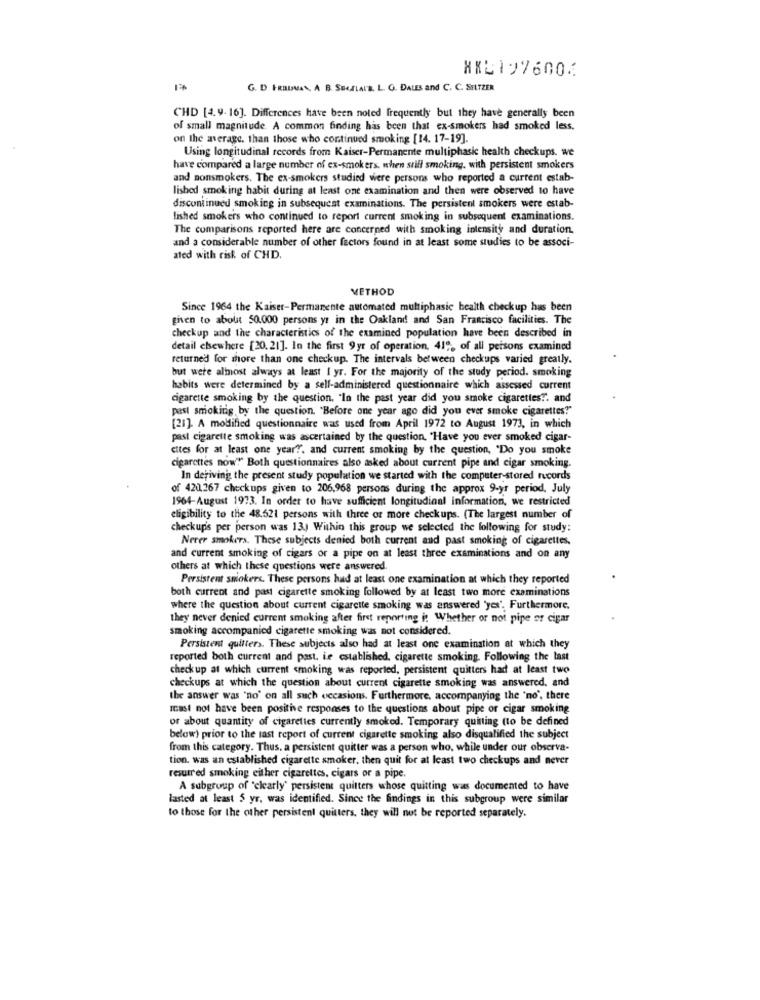
XXL197600⑆
G. D FRAUVAN, A B. SEGALAL'S. L. G. DALES and C. C. SELTZER
CHD [4.9-16]. Differences have been noted frequently but they have generally been
of small magnitude. A common finding has been that ex-smokers had smoked less.
on the average. than those who continued smoking [14. 17-19].
Using longitudinal records from Kaiser-Permanente multiphasic health checkups. we
have compared a large number of ex-smokers. when still smoking, with persistent smokers
and nonsmokers. The ex-smokers studied were persons who reported a current estab-
lished smoking habit during at least one examination and then were observed to have
discontinued smoking in subsequent examinations. The persistent smokers were estab-
lished smokers who continued to report current smoking in subsequent examinations.
The comparisons reported here are concerned with smoking intensity and duration.
and a considerable number of other factors found in at least some studies to be associ-
ated with risk of CHD.
METHOD
Since 1964 the Kaiser-Permanente automated multiphasic bealth checkup has been
given to about 50.000 persons yt in the Oakland and San Francisco facilities. The
checkup and the characteristics of the examined population have been described in
detail elsewhere [20.21]. In the first 9yr of operation. 41", of all persons examined
returned for more than one checkup. The intervals between checkups varied greatly.
but were almost always at least I yr. For the majority of the study period. smoking
habits were determined by a self-administered questionnaire which assessed current
cigarette smoking by the question. "In the past year did you smoke cigarettes?". and
past smoking by the question. "Before one year ago did you ever smoke cigarettes?"
[21]. A modified questionnaire was used from April 1972 to August 1973, in which
past cigarette smoking was ascertained by the question, 'Have you ever smoked cigar-
ettes for at least one year?", and current smoking by the question, "Do you smoke
cigarettes now!" Both questionnaires also asked about current pipe and cigar smoking.
In deriving the present study population we started with the computer-stored records
of 420,267 checkups given to 206,968 persons during the approx 9-yr period. July
1964-August 1973. In order to have sufficient longitudinal information, we restricted
eligibility to the 48.521 persons with three or more checkups. (The largest number of
checkups per person was 13. Within this group we selected the following for study:
Nerer smokers. These subjects denied both current and past smoking of cigarettes,
and current smoking of cigars or a pipe on at least three examinations and on any
others at which these questions were answered.
Persistent smokers. These persons had at least one examination at which they reported
both current and past cigarette smoking followed by at least two more examinations
where the question about current cigarette smoking was answered 'yes'. Furthermore.
they never denied current smoking after first reporting i: Whether or not pipe or cigar
smoking accompanied cigarette smoking was not considered.
Persistent quilters. These subjects also had at least one examination at which they
reported both current and past. ie established. cigarette smoking. Following the last
checkup at which current smoking was reported, persistent quitters had at least two
checkups at which the question about current cigarette smoking was answered, and
the answer was 'no' on all such occasions. Furthermore, accompanying the 'no', there
must not have been positive responses to the questions about pipe or cigar smoking
or about quantity of cigarettes currently smoked. Temporary quilting (to be defined
below) prior to the last report of current cigarette smoking also disqualified the subject
from this category. Thus, a persistent quitter was a person who, while under our observa-
tion. was an established cigarette smoker. then quit for at least two checkups and never
resutred smoking either cigarettes, cigars or a pipe.
A subgroup of "clearly' persistent quitters whose quitting was documented to have
lasted at least 5 yr, was identified. Since the findings in this subgroup were similar
to those for the other persistent quitters. they will not be reported separately.